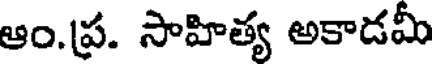
ఆం.ప్ర. సాహిత్య అకాడమీ